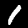
Label: 1